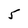
Character: 5